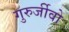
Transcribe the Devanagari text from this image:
गुरुर्जीवो